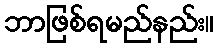
ဘာဖြစ်ရမည်နည်း။